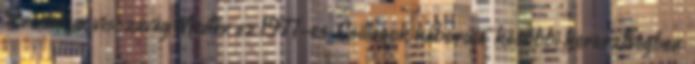
Birodalom visszavág Miután az 1977-es "Csillagok háborúja" későbbi keresztségben: